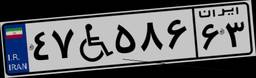
۴۷W۵۸۶۶۳